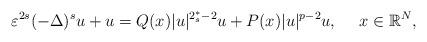
LaTeX: \begin{align*}\varepsilon^{2s}(-\Delta)^s u + u = Q(x)|u|^{2_s^\ast-2}u+P(x)|u|^{p-2}u,\ \ \ \ x\in \mathbb{R}^N,\end{align*}